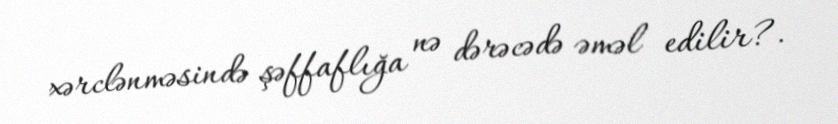
xərclənməsində şəffaflığa nə dərəcədə əməl edilir?.